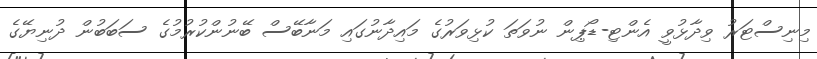
މިނިސްޓަރު ވިދާޅުވީ އެންޓި-ޑޯޕިން ނުވަތަ ކުޅިވަރުގެ މައިދާނުގައި މަނާބޭސް ބޭނުންކުރުމުގެ ސަބަބުން ދުނިޔޭގެ